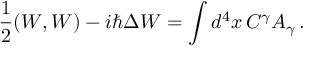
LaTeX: { \frac { 1 } { 2 } } ( W , W ) - i \hbar \Delta W = \int d ^ { 4 } x \, C ^ { \gamma } A _ { \gamma } \, .